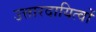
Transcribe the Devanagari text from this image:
उत्तारदायित्वों